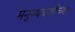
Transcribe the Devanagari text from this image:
मनुष्यजातीच्या